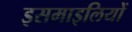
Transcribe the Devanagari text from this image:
इसमाइलियों